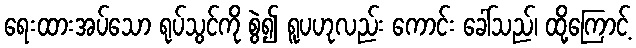
ရေးထားအပ်သော ရုပ်သွင်ကို စွဲ၍ ရူပဟုလည်း ကောင်း ခေါ်သည်၊ ထို့ကြောင့်